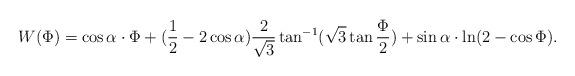
LaTeX: \begin{align*}W(\Phi)=\cos\alpha\cdot \Phi+(\frac{1}{2}-2\cos\alpha)\frac{2}{\sqrt{3}} \tan^{-1}(\sqrt{3}\tan\frac{\Phi}{2})+\sin\alpha\cdot\ln(2-\cos\Phi).\end{align*}